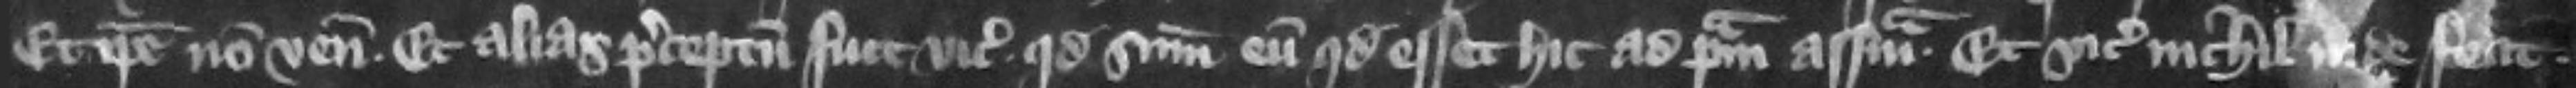
Et ipse non venit. Et alias preceptum fuit vicecomiti quod summoneret eum quod esset hic ad primam assisam. Et vicecomes nichil inde fecit